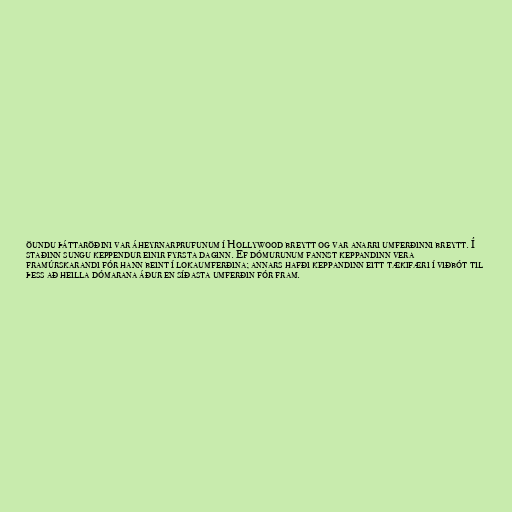
öundu þáttaröðini var áheyrnarprufunum í Hollywood breytt og var anarri umferðinni breytt. Í
staðinn sungu keppendur einir fyrsta daginn. Ef dómurunum fannst keppandinn vera
framúrskarandi fór hann beint í lokaumferðina; annars hafði keppandinn eitt tækifæri í viðbót til
þess að heilla dómarana áður en síðasta umferðin fór fram.